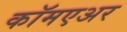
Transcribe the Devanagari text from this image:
कॉमएअर